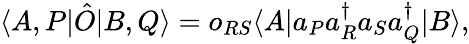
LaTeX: \langle A,P|\hat{O}|B,Q\rangle=o_{RS}\langle A|a_{P}a_{R}^{\dagger}a_{S}a_{Q}^{\dagger}|B\rangle,